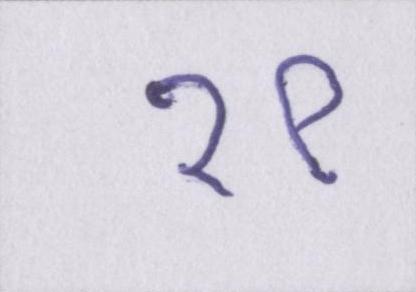
१९